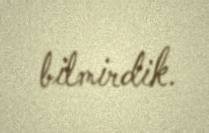
bilmirdik.